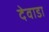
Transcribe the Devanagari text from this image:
देवाडा